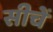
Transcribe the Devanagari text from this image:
सीचें